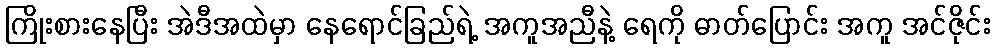
ကြိုးစားနေပြီး အဲဒီအထဲမှာ နေရောင်ခြည်ရဲ့ အကူအညီနဲ့ ရေကို ဓာတ်ပြောင်း အကူ အင်ဇိုင်း